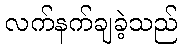
လက်နက်ချခဲ့သည်